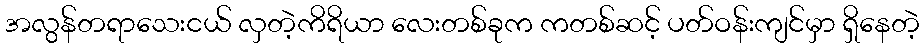
အလွန်တရာသေးငယ် လှတဲ့ကိရိယာ လေးတစ်ခုက ကတစ်ဆင့် ပတ်ဝန်းကျင်မှာ ရှိနေတဲ့